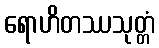
ရောဟိတဿသုတ္တံ